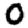
Digit: 0